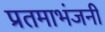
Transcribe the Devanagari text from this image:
प्रतमाभंजनी